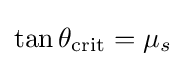
\tan \theta _{\mathrm {crit} }=\mu _{s}